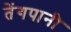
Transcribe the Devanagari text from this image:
तेंगपानी